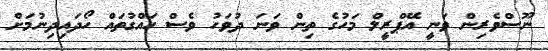
ނޫސްވެރިން ވަނީ އޭޕްރީލް މަހުގެ ތިން ވަނަ ދުވަހު ވެސް ހައްގުތައް ހޯދައިދިނުމަށް